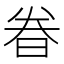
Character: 𬀴